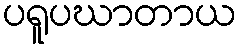
ပရူပဃာတာယ